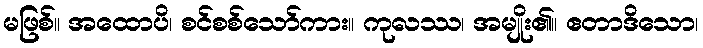
မဖြစ်။ အထောပိ၊ စင်စစ်သော်ကား။ ကုလဿ၊ အမျိုး၏။ ဧတာဒိသော၊